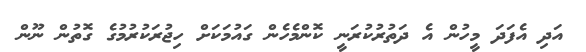
އަދި އެފަދަ މީހުން އެ ދަތުރުކުރަނީ ކޮންމެހެން ގައުމަކަށް ހިޖުރަކުރުމުގެ ގޮތުން ނޫން